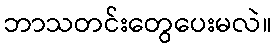
ဘာသတင်းတွေပေးမလဲ။